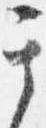
其